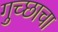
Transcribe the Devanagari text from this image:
गुच्छाचा